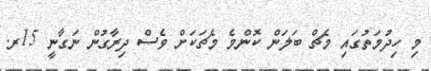
މި ހިދުމަތުގައި މެޗް ބަލަން ކޮންމެ މެޗަކަށް ވެސް ދިރާގުން ނަގާނީ 15ރ.